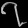
Digit: ၇